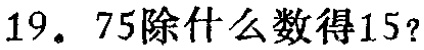
19. 75除什么数得15？